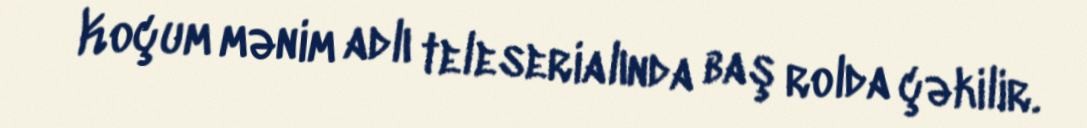
Koçum mənim adlı teleserialında baş rolda çəkilir.